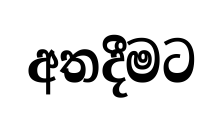
අතදීමට